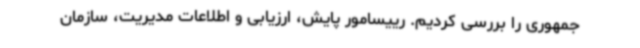
جمهوری را بررسی کردیم. رییسامور پایش، ارزیابی و اطلاعات مدیریت، سازمان